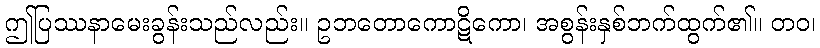
ဤပြဿနာမေးခွန်းသည်လည်း။ ဥဘတောကောဋိကော၊ အစွန်းနှစ်ဘက်ထွက်၏။ တဝ၊